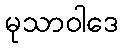
မုသာဝါဒေ